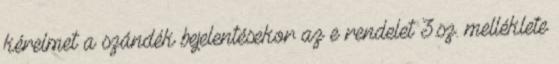
kérelmet a szándék bejelentésekor az e rendelet 3.sz. melléklete